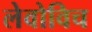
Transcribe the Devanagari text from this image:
लेवोविच